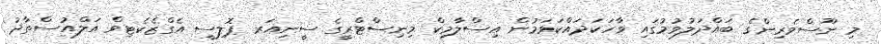
މި ނޫސްވެރިންގެ ބައްދަލުވުމުގައި ވާހަކަދައްކަވަމުން އިސްލާމިކް މިނިސްޓްރީގެ ސީނިއަރ ޕޮލިސީ އެގްޒެކެޓިވް އަލްއުސްތާޛު